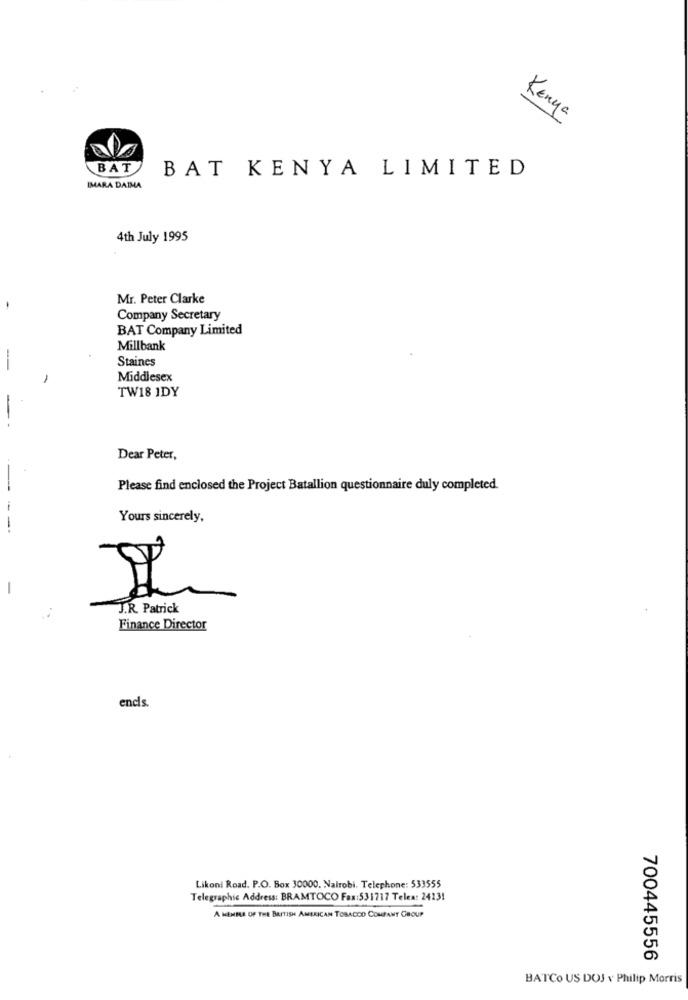
Kenya
BAT
BAT KENYA LIMITED
IMARA DAIMA
4th July 1995
Mr. Peter Clarke
Company Secretary
BAT Company Limited
Millbank
Staines
-
Middlesex
TW18 IDY
Dear Peter,
-
Please find enclosed the Project Batallion questionnaire duly completed.
Yours sincerely,
-
J.R. Patrick
Finance Director
encis.
Likoni Road. P.O. Box 30000. Nairobi. Telephone: 533555
Telegraphic Address: BRAMTOCO Fax:531717 Teles: 2423!
A MEMBER OF THE BRITISH AMERICAN TOBACCO COMPANY GROUP
700445556
BATCo US DOJ v Philip Morris